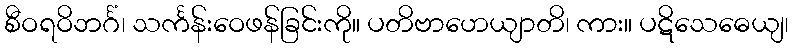
စီဝရဝိဘင်္ဂံ၊ သင်္ကန်းဝေဖန်ခြင်းကို။ ပတိဗာဟေယျာတိ၊ ကား။ ပဋိသေဓေယျ၊